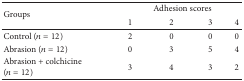
<table><thead><tr><td rowspan="2"><b>Groups</b></td><td colspan="4"><b>Adhesion scores</b></td></tr><tr><td><b>1</b></td><td><b>2</b></td><td><b>3</b></td><td><b>4</b></td></tr></thead><tbody><tr><td>Control (<i>n</i> = 12)</td><td>2</td><td>0</td><td>0</td><td>0</td></tr><tr><td>Abrasion (<i>n</i> = 12)</td><td>0</td><td>3</td><td>5</td><td>4</td></tr><tr><td>Abrasion + colchicine (<i>n</i> = 12)</td><td>3</td><td>4</td><td>3</td><td>2</td></tr></tbody></table>